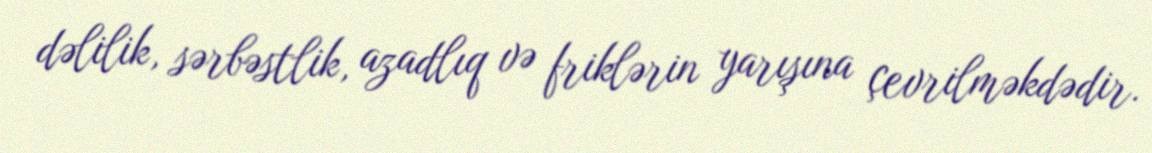
dəlilik, sərbəstlik, azadlıq və friklərin yarışına çevrilməkdədir.